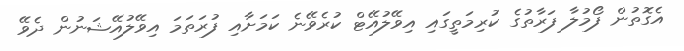
އެގޮތުން ފޯމުލާ ފަރާތުގެ ކުރިމަތީގައި އިވޭލުއޭޓް ކުރެވޭނެ ކަމަށާއި ފުރަތަމަ އިވޭލުއޭޝަނުން ދެވޭ